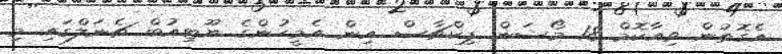
އެގޮތުން ވިއާކޮމް 18 މޯޝަން ޕިކްޗާސް އިން އެމީހުންގެ ޔޫޓިއުބް ޗެނަލްގައި މި